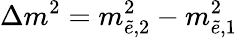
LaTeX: \Delta m^{2}=m_{\tilde{e},2}^{2}-m_{\tilde{e},1}^{2}